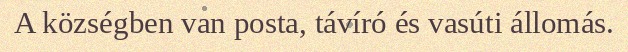
A községben van posta, távíró és vasúti állomás.